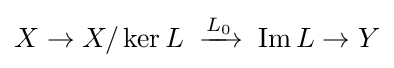
X\to X/\ker L\;\xrightarrow {L_{0}} \;\operatorname {Im} L\to Y